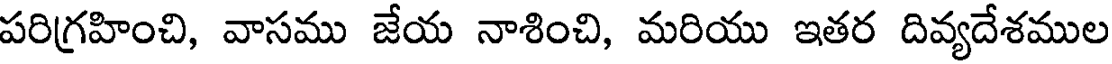
పరిగ్రహించి, వాసము జేయ నాశించి, మరియు ఇతర దివ్యదేశముల